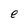
Character: e